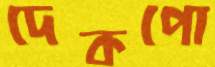
দেকপো